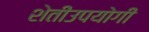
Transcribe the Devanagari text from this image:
शेतीउपयोगी